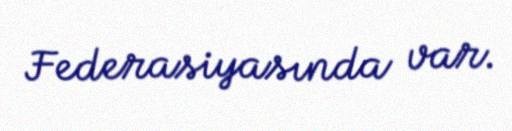
Federasiyasında var.